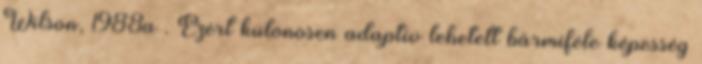
Wilson, 1988a . Ezért különösen adaptív lehetett bármiféle képesség